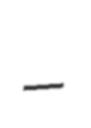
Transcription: –